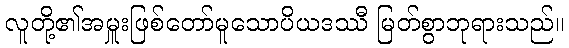
လူတို့၏အမှူးဖြစ်တော်မူသောပိယဒဿီ မြတ်စွာဘုရားသည်။